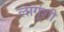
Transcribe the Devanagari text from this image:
लागूंशी